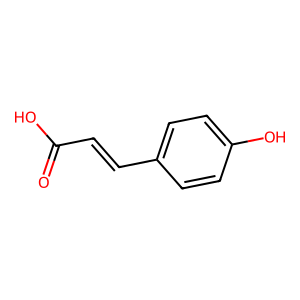
SMILES: O=C(O)C=Cc1ccc(O)cc1
Inhibits HIV replication: No